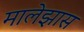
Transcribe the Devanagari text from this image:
मालेझास